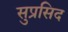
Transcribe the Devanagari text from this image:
सुप्रसिद